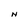
Character: N